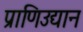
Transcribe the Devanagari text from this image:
प्राणिउद्यान